Indian journal of veterinary science and animal husbandry - Volumes 22-23, 1952-1953
Year: 1952
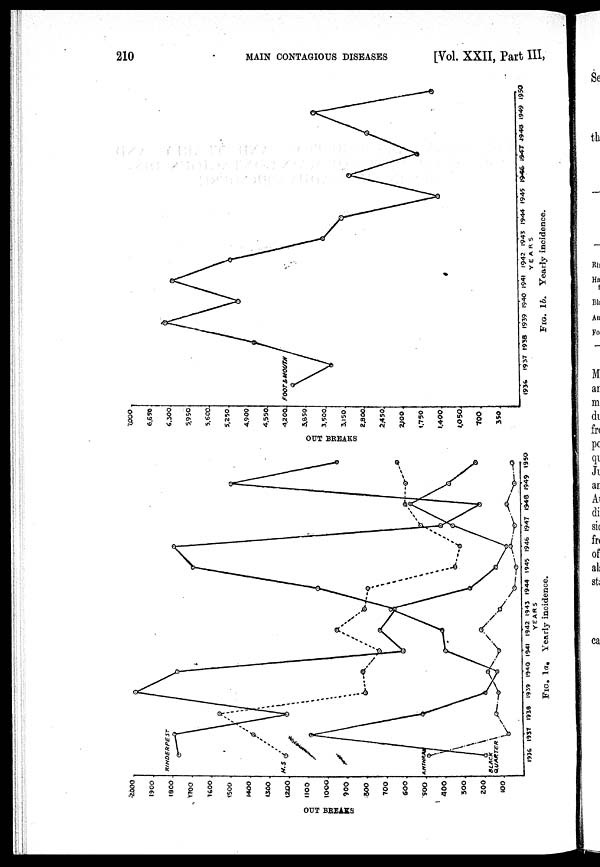
210
MAIN
CONTAGIOUS
DISEASES
[Vol. XXII, Part III,
FIG. l a. Yearly incidence.
FIG. 1b. Yearly incidence.